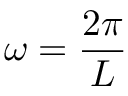
\omega = \frac { 2 \pi } { L }